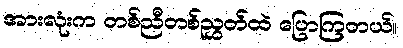
အားလုံးက တစ်ညီတစ်ညွှတ်ထဲ ပြောကြတယ်။